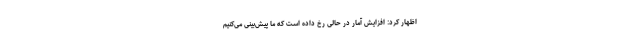
اظهار کرد: افزایش آمار در حالی رخ داده است که ما پیش‌بینی می‌کنیم